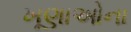
ખૂણાઓના